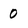
Character: 0